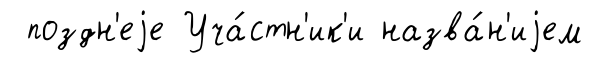
поздн'еjе Уча́стн'ик'и назва́н'иjем